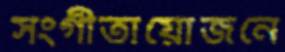
সংগীতায়োজনে